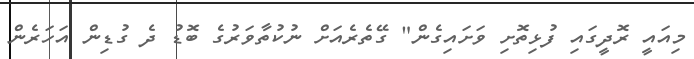
މިއައީ ރޮދީގައި ފުޅިތޮށި ވަށައިގެން" ގޭތެރެއަށް ނުކުތާވަރުގެ ބޮޑު ދެ ގުޑިން އަހަރެން